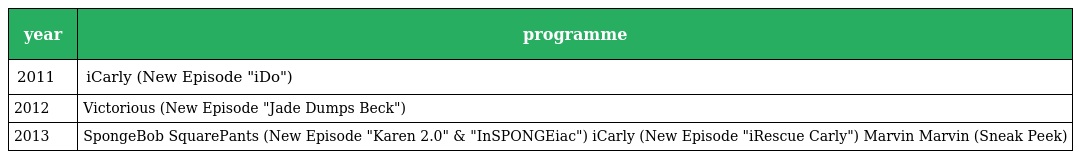
| year | programme |
 | --- | --- |
 | 2011 | iCarly (New Episode "iDo") |
 | 2012 | Victorious (New Episode "Jade Dumps Beck") |
 | 2013 | SpongeBob SquarePants (New Episode "Karen 2.0" & "InSPONGEiac") iCarly (New Episode "iRescue Carly") Marvin Marvin (Sneak Peek) |